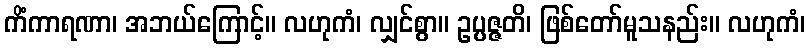
ကိံကာရဏာ၊ အဘယ်ကြောင့်။ လဟုကံ၊ လျှင်စွာ။ ဥပ္ပဇ္ဇတိ၊ ဖြစ်တော်မူသနည်း။ လဟုကံ၊